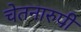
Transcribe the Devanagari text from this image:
चेतनारुपी